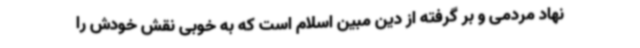
نهاد مردمی و بر گرفته از دین مبین اسلام است که به خوبی نقش خودش را